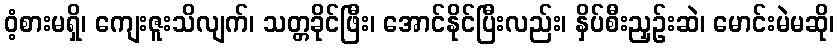
ဝံ့စားမရှိ၊ ကျေးဇူးသိလျက်၊ သတ္တခိုင်ဖြီး၊ အောင်နိုင်ပြီးလည်း၊ နှိပ်စီးညှဉ်းဆဲ၊ မောင်းမဲမဆို၊